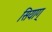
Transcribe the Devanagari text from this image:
सियाग्